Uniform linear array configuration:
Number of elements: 12
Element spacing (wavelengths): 0.25
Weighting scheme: hann
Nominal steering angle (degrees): -45
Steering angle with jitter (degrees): -43.989
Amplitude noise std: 0.05
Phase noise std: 0.05

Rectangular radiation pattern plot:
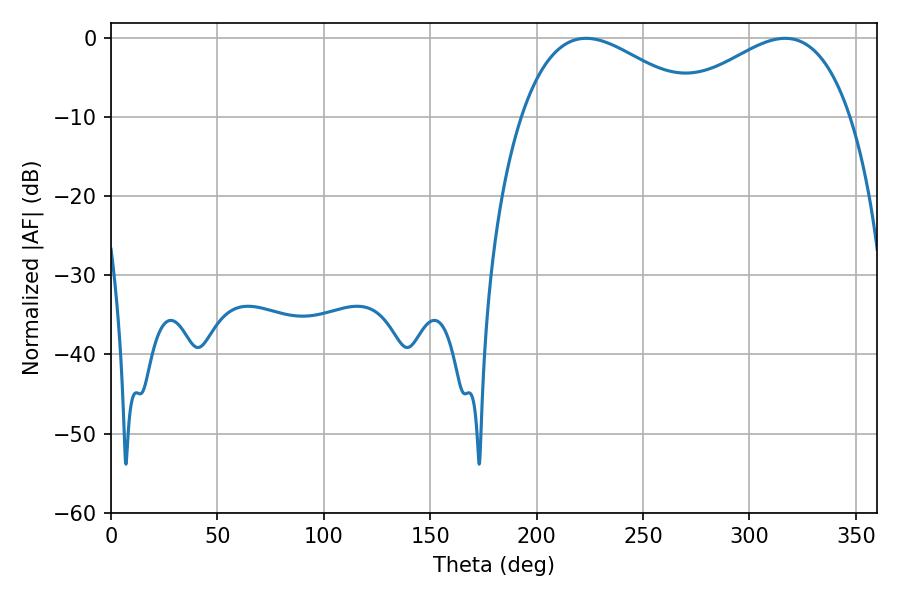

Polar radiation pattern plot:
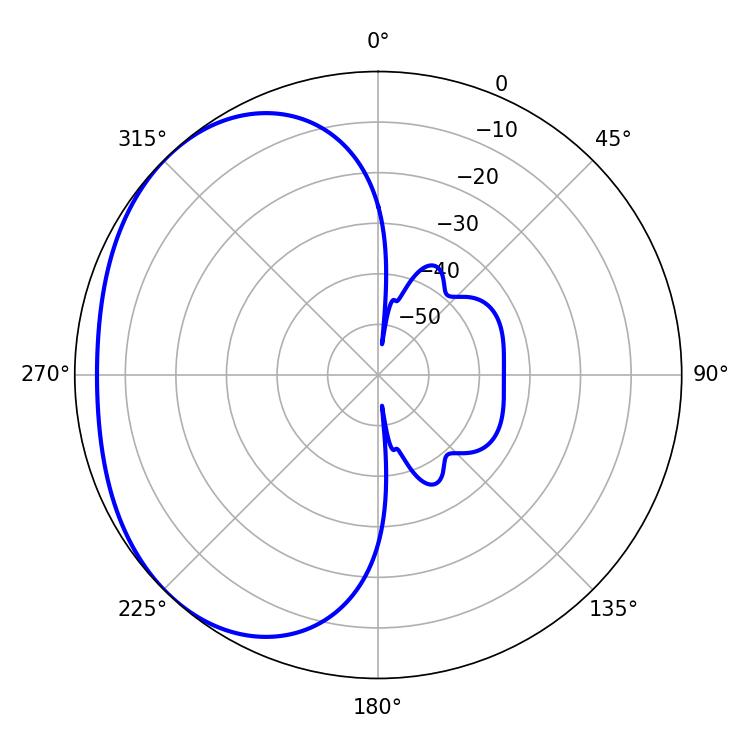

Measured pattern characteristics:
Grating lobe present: FALSE
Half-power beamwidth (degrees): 46.26
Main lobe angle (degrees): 223.2